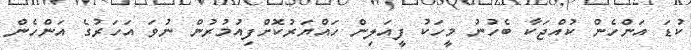
ކުޑަ އަންހެން ކުއްޖަކާ ބެހުނު މީހަކު ފީއަލިން ހައްޔަރުކޮށްފިއުމުރުން ނުވަ އަހަރުގެ އަންހެން